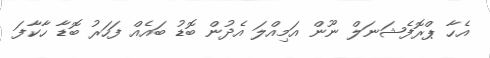
އެހާ ޕްރޮފެޝަނަލް ނޫން އަމިއްލަ އެދުން ބޮޑު ބައެއް ފަހަރު ބޮޑާ ހާކާފަ